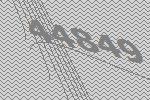
44849